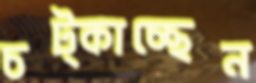
চট্‌কাচ্ছেন